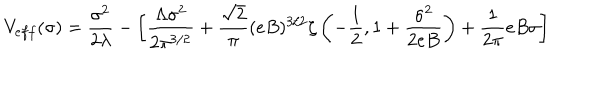
LaTeX: V _ { e f f } ( \sigma ) = { \frac { \sigma ^ { 2 } } { 2 \lambda } } - \left[ \frac { \Lambda \sigma ^ { 2 } } { 2 \pi ^ { 3 / 2 } } + \frac { \sqrt { 2 } } { \pi } ( e B ) ^ { 3 / 2 } \zeta \left( - \frac { 1 } { 2 } , 1 + \frac { \sigma ^ { 2 } } { 2 e B } \right) + \frac { 1 } { 2 \pi } e B \sigma \right]